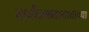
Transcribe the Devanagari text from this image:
सर्वंकषतावादाच्या